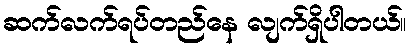
ဆက်လက်ရပ်တည်နေ လျက်ရှိပါတယ်။